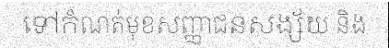
ទៅកំណត់មុខសញ្ញាជនសង្ស័យ និង